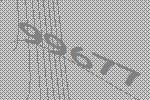
99677